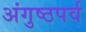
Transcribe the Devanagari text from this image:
अंगुष्ठपर्व